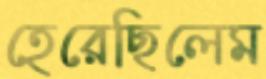
হেরেছিলেম